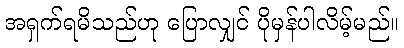
အရှက်ရမိသည်ဟု ပြောလျှင် ပိုမှန်ပါလိမ့်မည်။